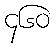
၄၆၀